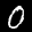
Label: 0